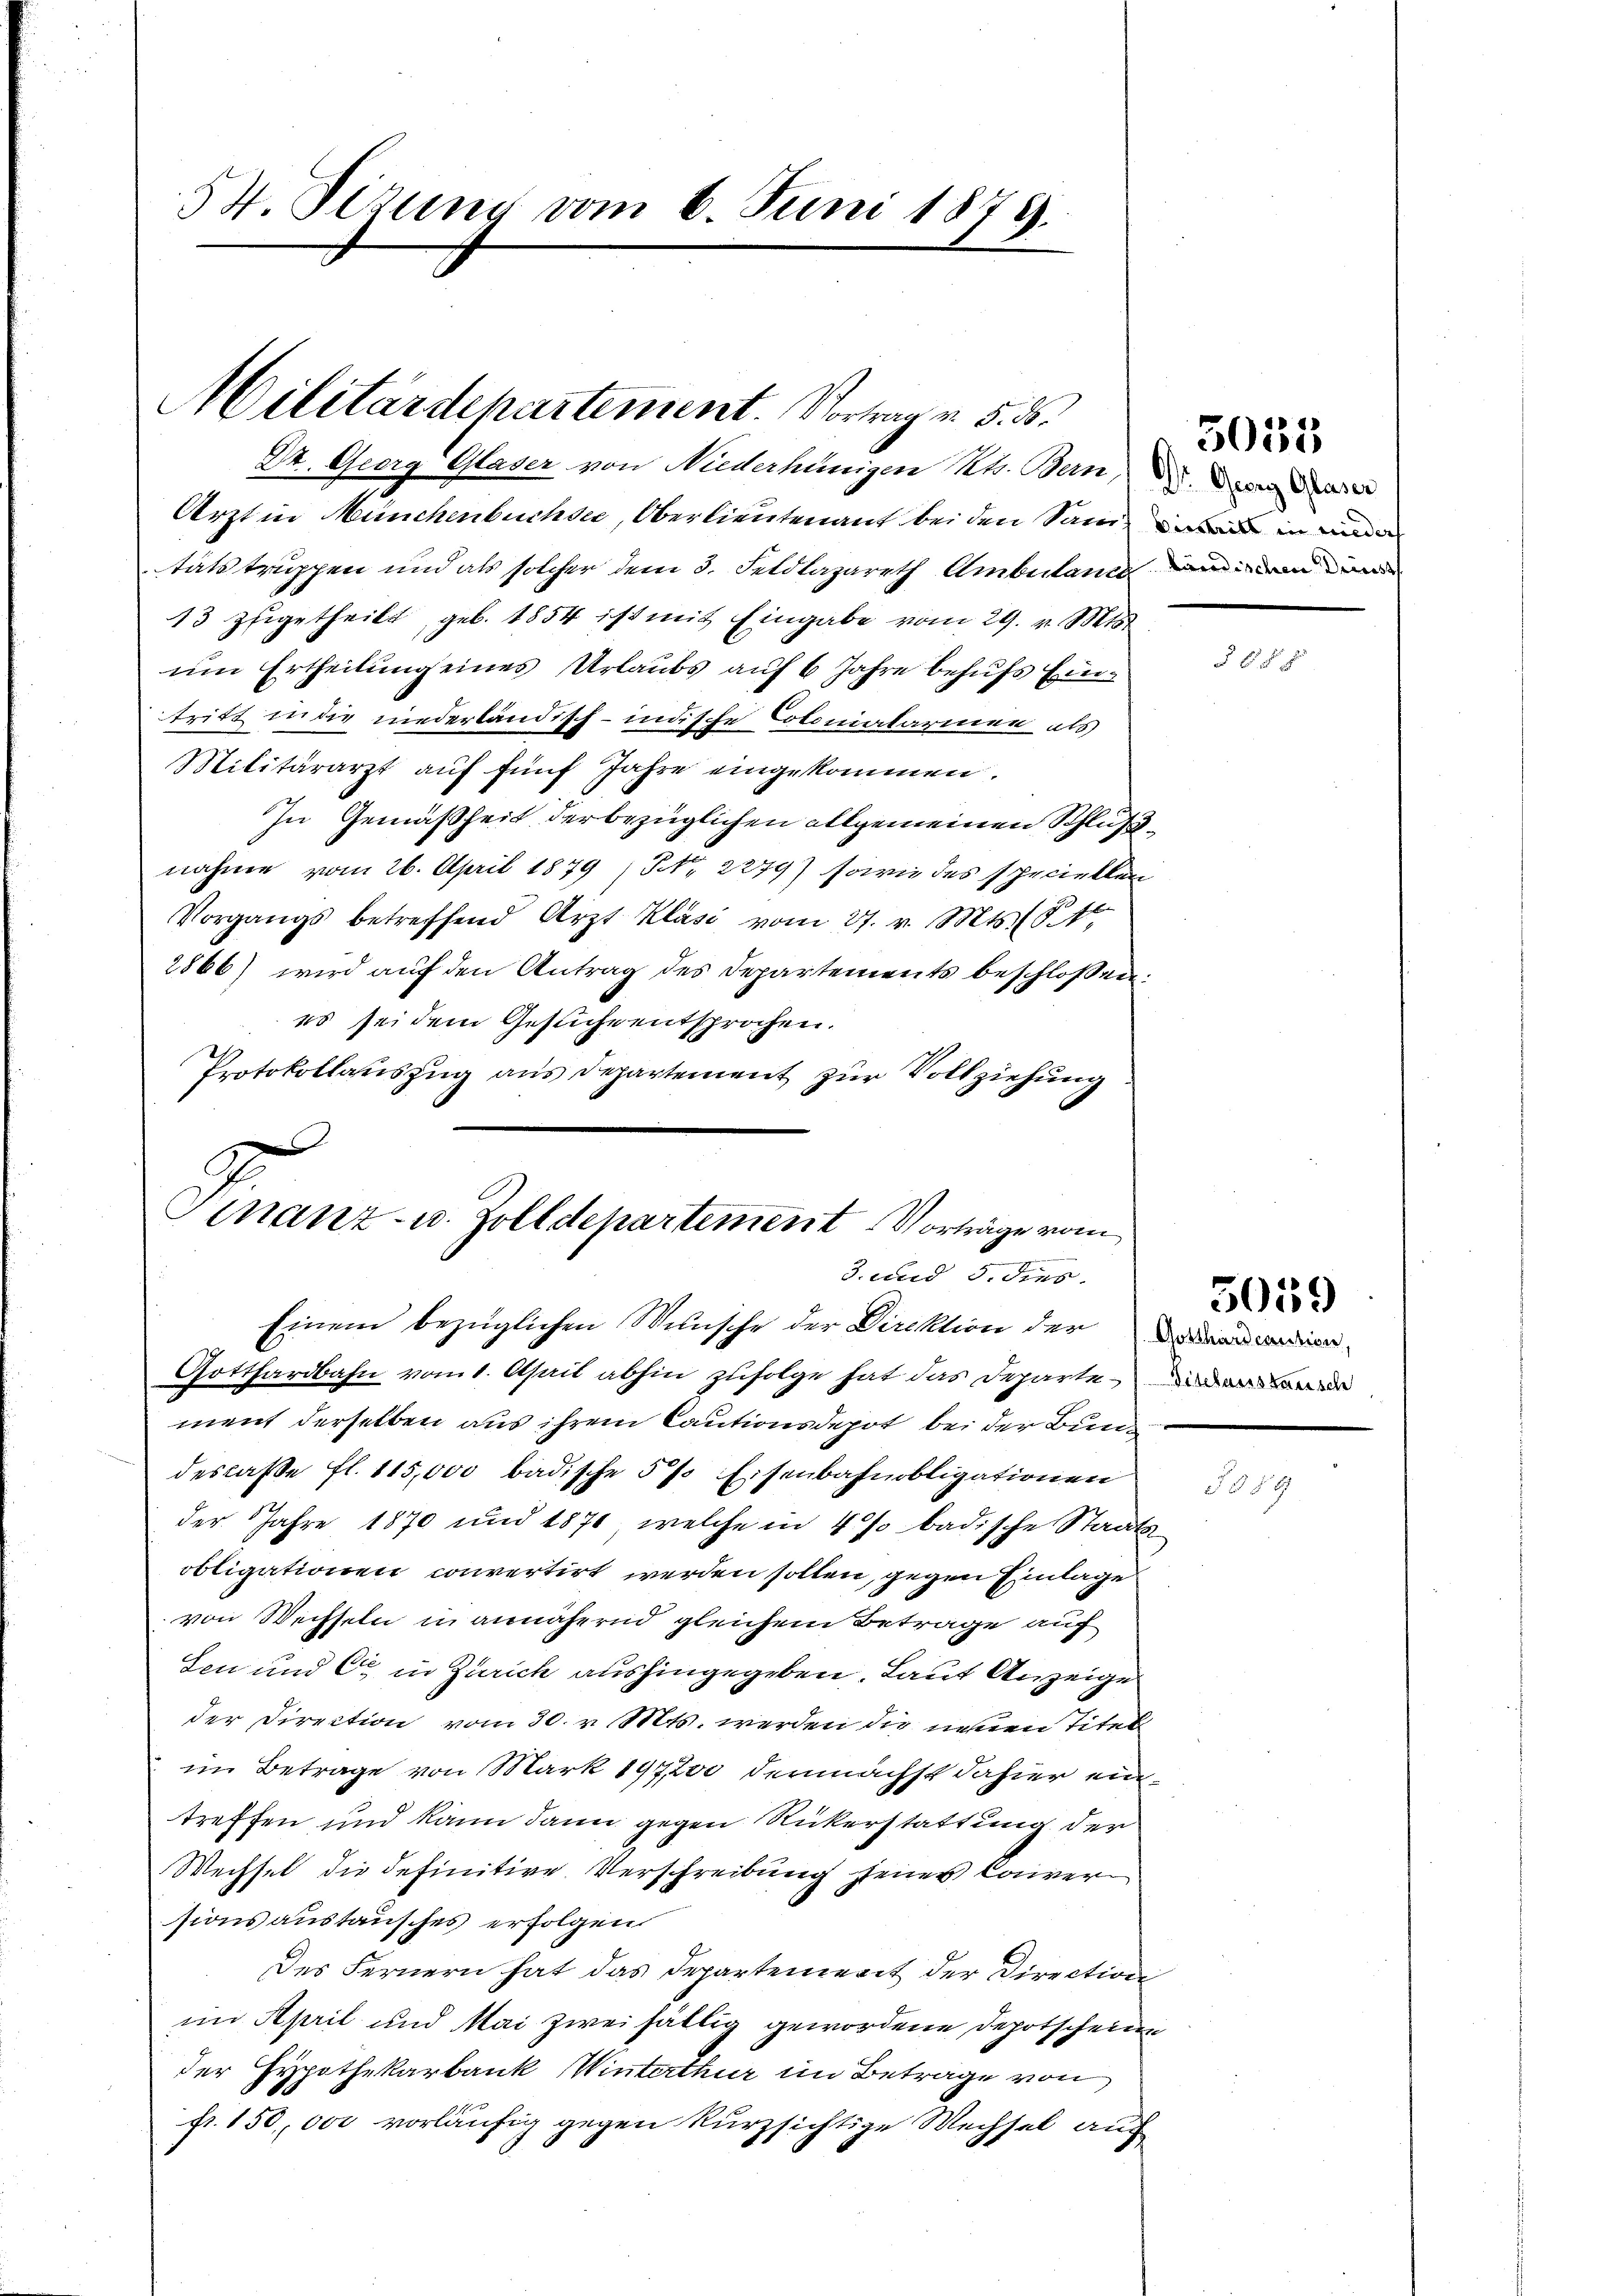
54. Sizung vom 6. Juni 1879.

Militärdepartement. Vortrag v. 5. d.

Dr. Georg Glaser von Niederhänigen Mtr. Bern, d. Denn aber
Arzt in Münchenbuchsee, Oberlieutenant bei den Sani und in und
tätstruppen und als solcher dem 3. Feldlazareth Ambuland in die
13 zugetheilt, geb. 1854 ist mit Eingabe vom 29. v. Mts.
um Ertheilung eines Urlaubs auf 6 Jahre behufs Eintritt in die niederländisch-indische Colonialariner als
Militärarzt auf fünf Jahre eingekommen.
In Gemäßheit der bezüglichen allgemeinen Schlußnahme vom 26. April 1879 (NNo. 2279) sowie des speciellen
Vorgangs betreffend Arzt Klasi vom 27. v. Mts. St
2866) wird auf den Antrag des Departements beschlossen:
es sei dem Gesuche entsprochen.
Protokollauszug aus Departement zur Vollziehung

Finanz- u. Zolldepartement Vorträge vom
3. und 5. dies.
Einem bezüglichen Wunsche der Direktion der Mein
Gotthardbahn vom 1. April abhin zufolge hat das Departen

ment derselben aus ihrem Cautionsdepot bei der Bundescaße fl. 115,000 badische 5 % Eisenbahnobligationen
der Jahre 1870 und 1870, welche in 4 % badische Staats
obligationen convertirt werden sollen, gegen Einlage
von Wechseln in annähernd gleichem Betrage auf
Len und C in Zürich aushingegeben. Laut Anzeige
der Direction vom 30. v. Mts. werden die neuen Titel
im Betrage von Mark 197200 demnächst dahier eine
treffen und kann dann gegen Rükerstattung der
Wechsel die definitive Verschreibung seine Caversionsaustausches erfolgen.
Des Fernern hat das Departement der Direction
im April und Mai zwei fällig gewordene Depotscheine
der Hypothekarbank Winterthur im Betrage von
fr. 150,000 vorläufig gegen kurzsichtige Wechsel auch

5033

§ 6 f 2

5059